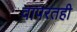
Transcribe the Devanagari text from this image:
वापरतही